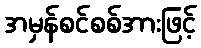
အမှန်စင်စစ်အားဖြင့်